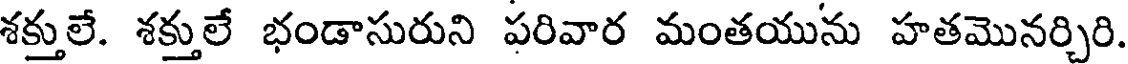
శక్తులే. శక్తులే భండాసురుని పరివార మంతయును హతమొనర్చిరి